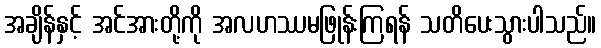
အချိန်နှင့် အင်အားတို့ကို အလဟဿမဖြုန်းကြရန် သတိပေးသွားပါသည်။